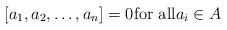
LaTeX: \begin{align*}[a_1, a_2, \dots , a_n] =0 \mbox{for all} a_i \in A\end{align*}